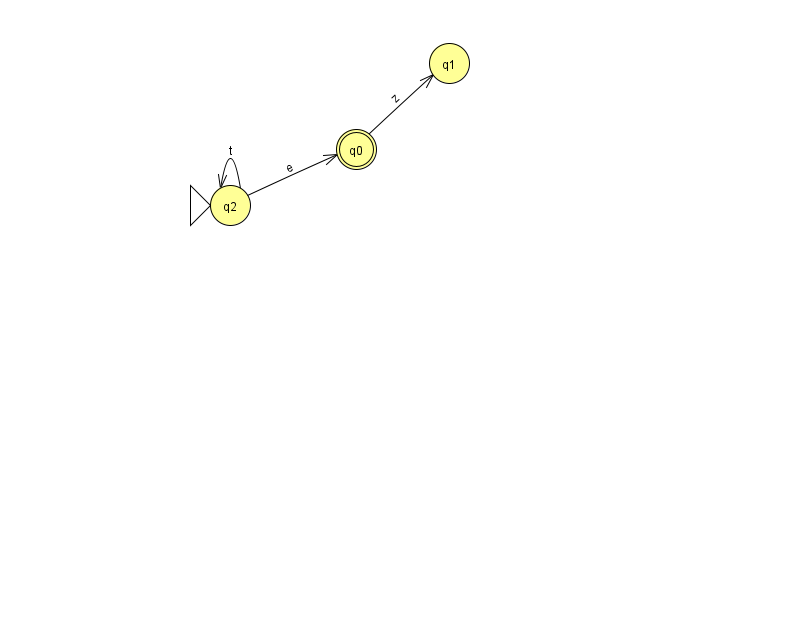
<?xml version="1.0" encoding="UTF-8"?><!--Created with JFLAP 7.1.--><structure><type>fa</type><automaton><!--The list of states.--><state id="0" name="q0"><x>356.0</x><y>136.0</y><final/></state><state id="1" name="q1"><x>449.0</x><y>50.0</y></state><state id="2" name="q2"><x>230.0</x><y>192.0</y><initial/></state><!--The list of transitions.--><transition><from>2</from><to>0</to><read>e</read></transition><transition><from>2</from><to>2</to><read>t</read></transition><transition><from>0</from><to>1</to><read>z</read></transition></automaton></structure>